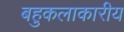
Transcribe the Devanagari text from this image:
बहुकलाकारीय